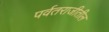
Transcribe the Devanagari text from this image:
पर्वतराजीतील